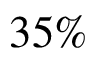
3 5 \%